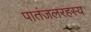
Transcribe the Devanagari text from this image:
पातंजलरहस्य